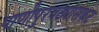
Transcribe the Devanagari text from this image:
पाणीपुरवठ्यासकट